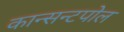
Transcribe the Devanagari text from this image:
कान्सन्टपोल